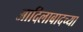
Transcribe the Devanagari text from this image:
आदिलाबादच्या